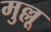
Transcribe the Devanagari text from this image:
मुल्लू